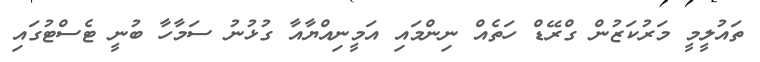
ތައުލީމީ މަރުކަޒުން ގްރޭޑް ހަތެއް ނިންމައި އަމީނިއްޔާއާ ގުޅުނު ސަމާހާ ބުނީ ޓެސްޓުގައި